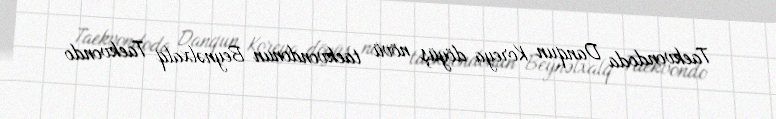
Taekvondoda Danqun Koreya döyüş növü taekvondonun Beynəlxalq Taekvondo